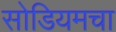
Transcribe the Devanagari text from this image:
सोडियमचा